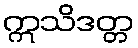
ဣသိဒတ္တ